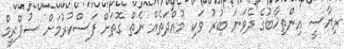
ރިޔާސީ އިންތިޚާބުގެ ދެވަނަ ބުރު ވަކި މުއްދަތެއް ނެތް ގޮތަށް ފަސްކުރުމަށް ސުޕްރީމް